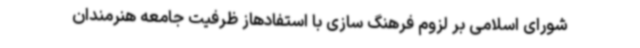
شورای اسلامی بر لزوم فرهنگ سازی با استفادهاز ظرفیت جامعه هنرمندان